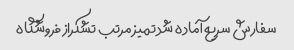
سفارش سریع آماده شد تمیز مرتب تشکراز فروشگاه